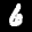
Label: 6